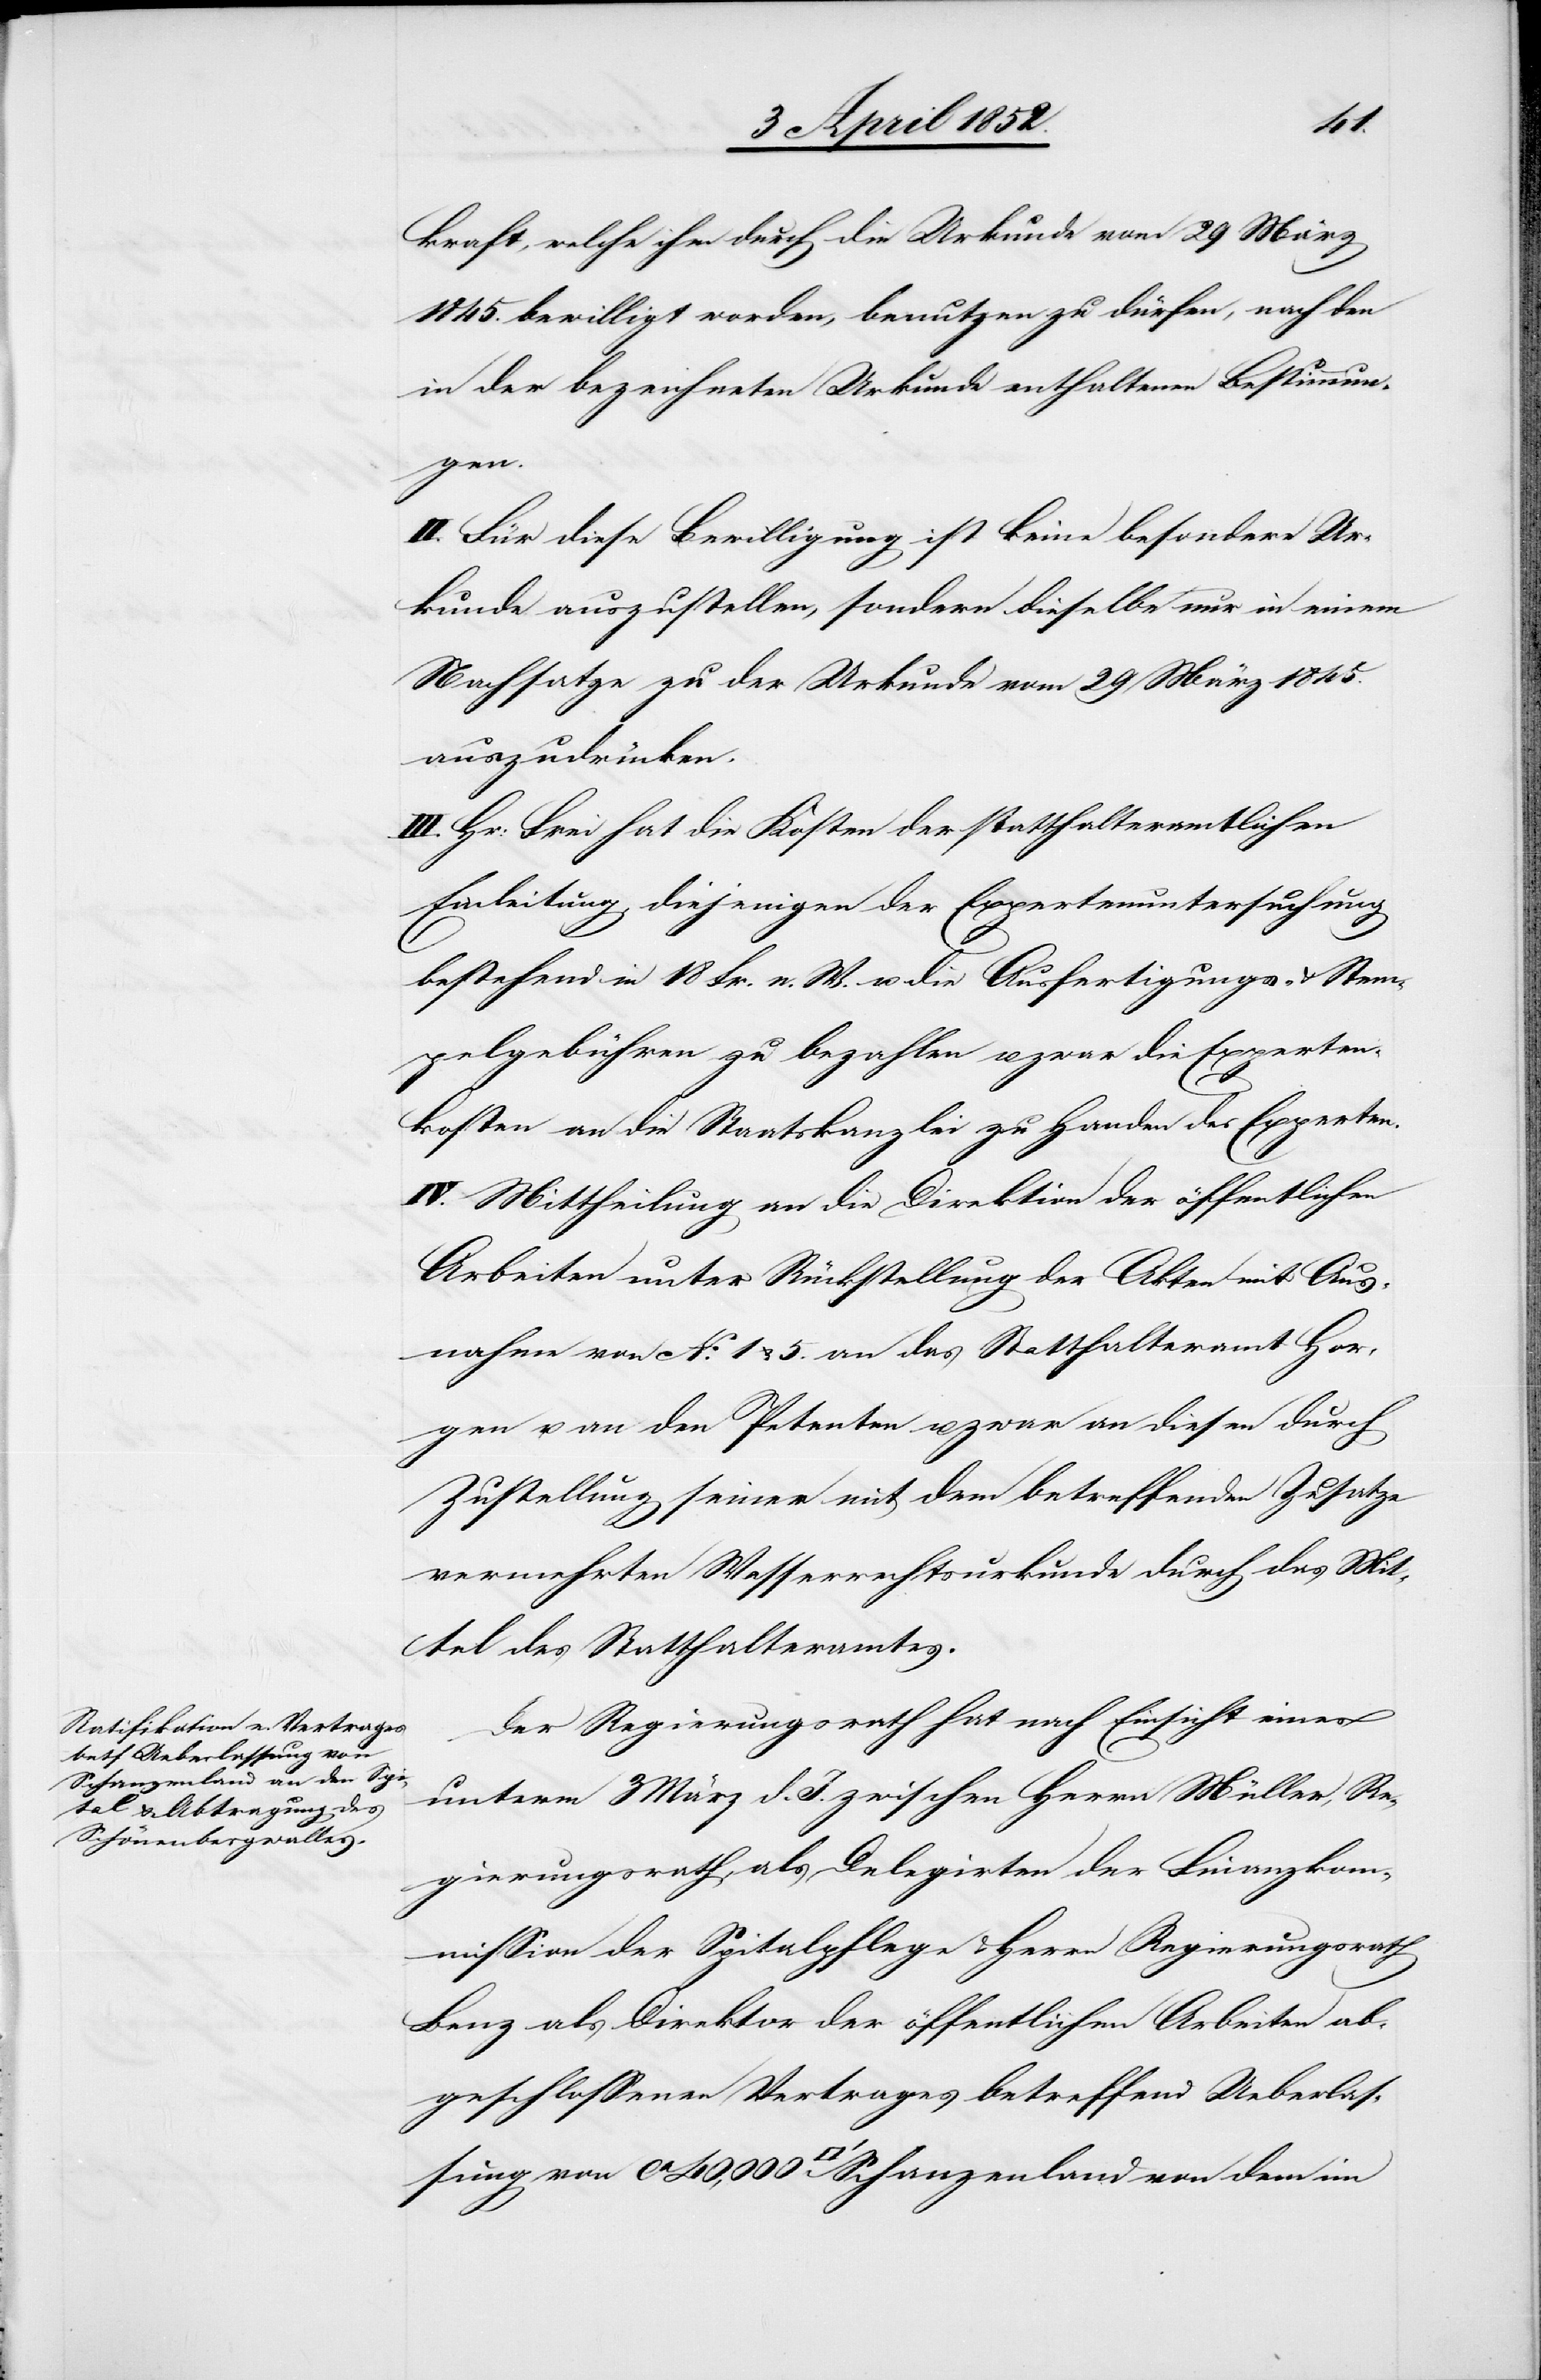
Schanzenland von dem [si¬

kraft, welche ihm durch die Urkunde vom 29 März
1845. bewilligt worden, benutzen zu dürfen, nach den
in der bezeichneten Urkunde enthaltenen Bestimmun¬
sung
II. Für diese Bewilligung ist keine besondere Ur¬
kunde auszustellen, sondern dieselbe nur in einem
Nachsatze zu der Urkunde vom 29 März 1845.
auszudrücken.
III. Hr: Frei hat die Kosten der statthalteramtlichen
Einleitung, diejenigen der Expertenuntersuchung
ca
bestehend in 18 Fr. n. W. u. die Ausfertigungs- & Stem¬
pelgebühren zu bezahlen u. zwar die Experten¬
c!]
kosten an die Staatskanzlei zu Handen des Experten.
IV. Mittheilung an die Direktion der öffentlichen
Arbeiten unter Rückstellung der Akten mit Aus¬
nahme von No. 1 & 5. an das Statthalteramt Hor¬
gen u. an den Petenten u. zwar an diesen durch
Zustellung seiner mit dem betreffenden Zusatze
vermehrten Wasserrechtsurkunde durch das Mit¬
tel des Statthalteramtes.
Der Regierungsrath hat nach Einsicht eines
unterm 3 März d. J. zwischen Herrn Müller, Re¬
gierungsrath, als Delegirten der Finanzkom¬
mission der Spitalpflege & Herrn Regierungsrath
Benz als Direktor der öffentlichen Arbeiten ab¬
geschlossenen Vertrages betreffend Ueberlas¬